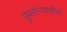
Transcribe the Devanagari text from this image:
फुलोऱ्यातील